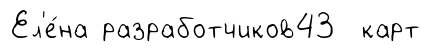
Ел'е́на разработчиков43 карт